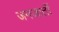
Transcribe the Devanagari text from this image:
जनजातीं